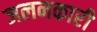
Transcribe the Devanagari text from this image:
जलनकारी